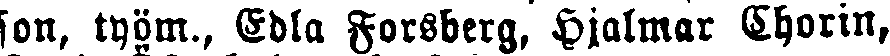
son, työm., Edla Forsberg, Hjalmar Chorin,